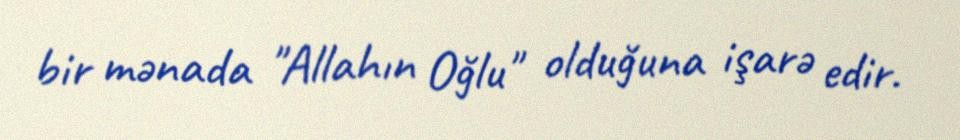
bir mənada "Allahın Oğlu" olduğuna işarə edir.